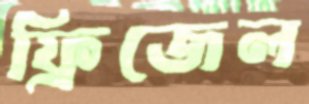
ফ্রিজেল